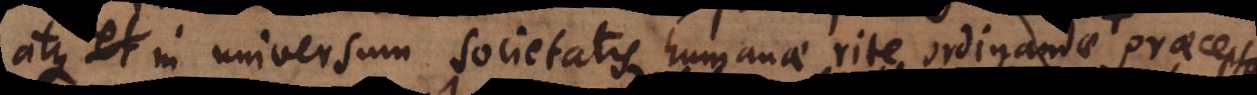
atque in universum societatis humanae rite ordinandae praecept